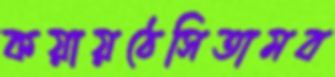
কয়ায়ঠেসিতামব